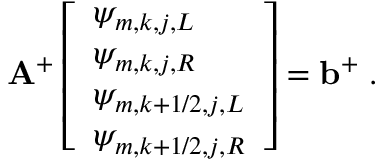
\mathbf { A } ^ { + } \left[ \begin{array} { l } { \psi _ { m , k , j , L } } \\ { \psi _ { m , k , j , R } } \\ { \psi _ { m , k + 1 / 2 , j , L } } \\ { \psi _ { m , k + 1 / 2 , j , R } } \end{array} \right] = \mathbf { b } ^ { + } \; .